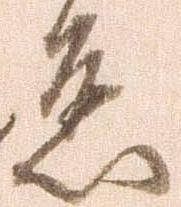
懸